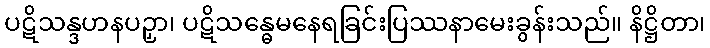
ပဋိသန္ဒဟနပဉှာ၊ ပဋိသန္ဓေမနေရခြင်းပြဿနာမေးခွန်းသည်။ နိဋ္ဌိတာ၊